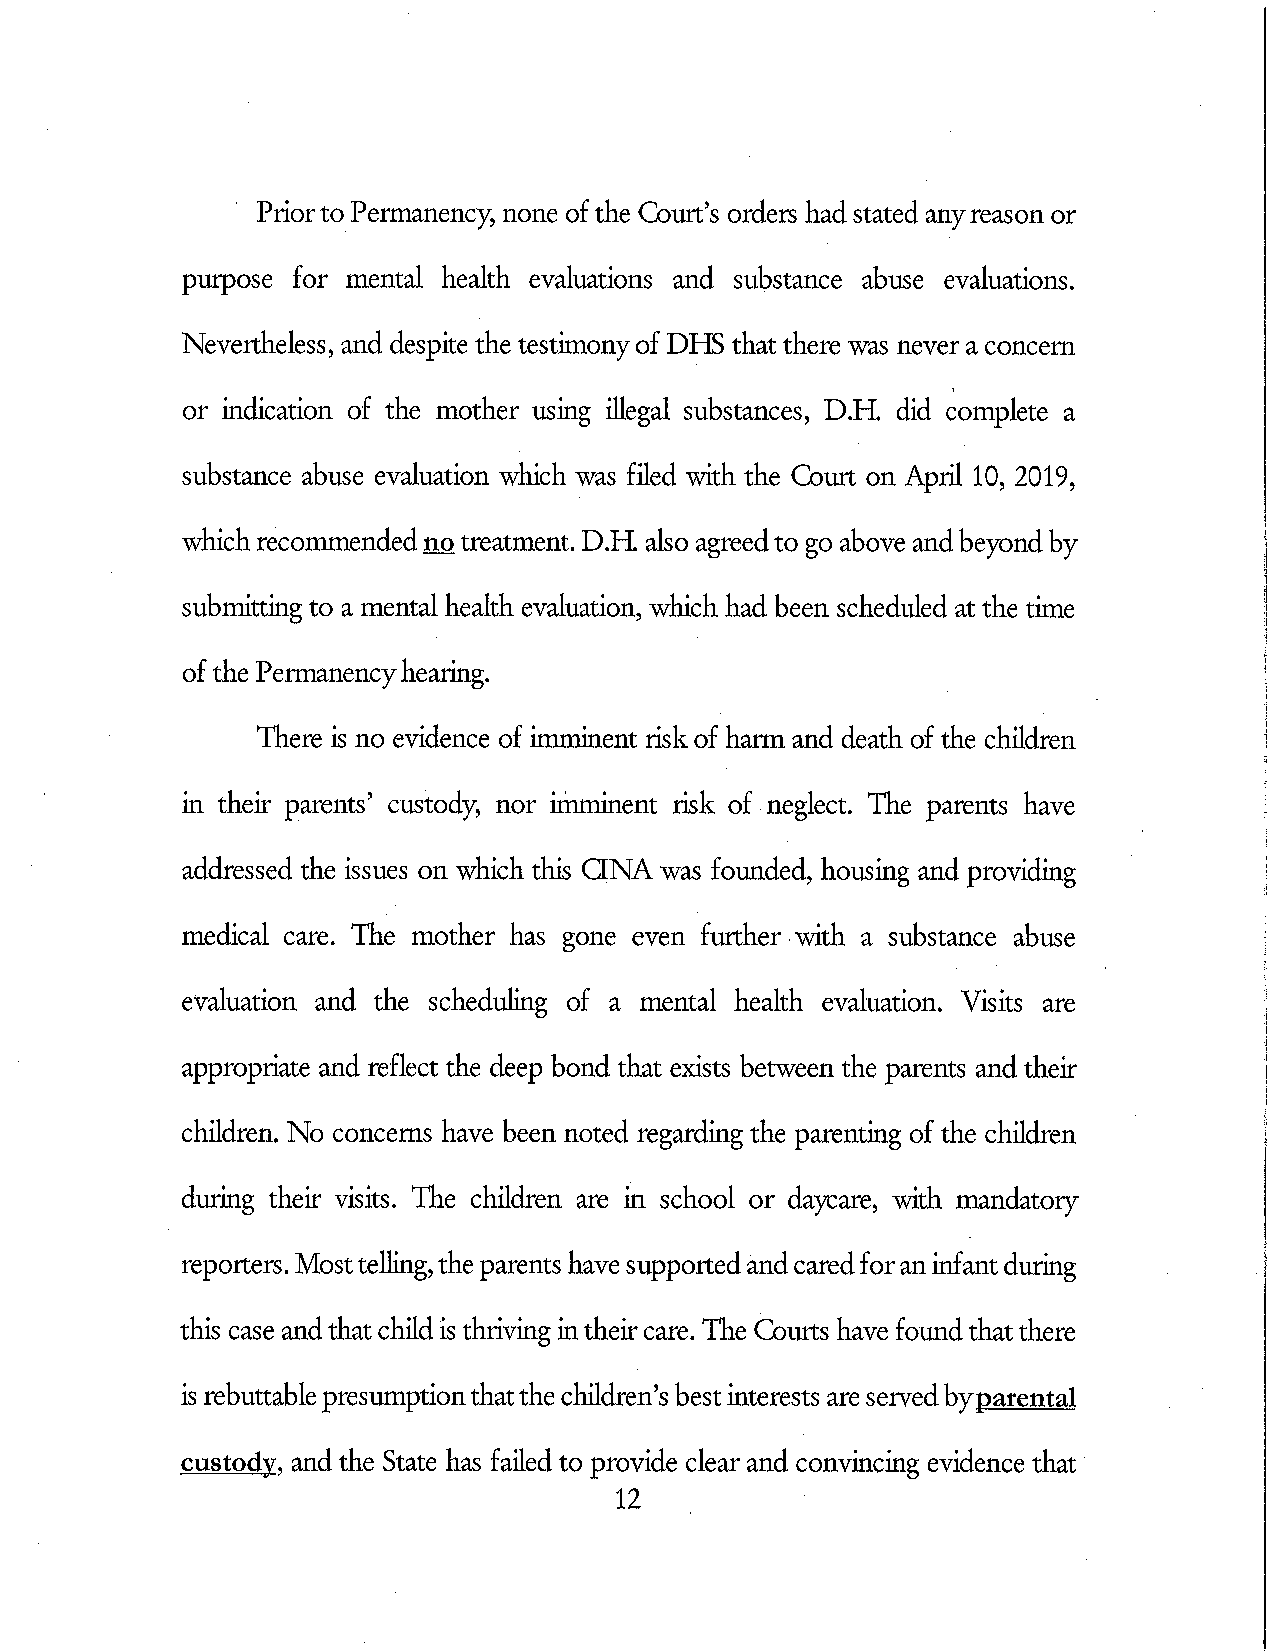
Priorto Permanency, none of the Court's orders had stated anyreason or
 purpose for mental health evaluations and substance abuse evaluations.
 Nevertheless, and despite the testimonyof DHS that there was never a concern
 or indication of the mother using illegal substances, D.H. did complete a
 substance abuse evaluation wich was filed with the Court on April 10, 2019,
 which recommendedno treatment. D.H also agreedto go above and beyond by
 submitting to a mental health evaluation, wich had been scheduled at the time
 of the Permanencyheaffig.
 There is no evidence of imtninent risk of harm and death of the cMdren
 in their parents' custody, nor imminent risk of neglect. The parents have
 addressed the issues on which this aNA was founded, housing and providing
 medical care. The mother has gone even futther with a substance abuse
 evaluation and the scheduling of a mental health evaluation. Visits are
 appropriate and reflect the deep bond that exists between the parents and their
 cMdren. No concerns have been noted regarding the parenting of the children
 duffig their visits. The cMdren are in school or daycare, with mandatory
 reporters. Mosttelling,the parents have supportedandcaredforaninfant duffig
 tffi case andthatchildis thriving intheircare. The Courts have foiu'idthatthere
 is rebuttablepresumptionthatthecMdren's bestinterests areservedby
 , and the State has failed to provide clear and convincing evidence that
 12